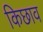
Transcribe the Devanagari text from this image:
किछाव